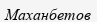
Маханбетов